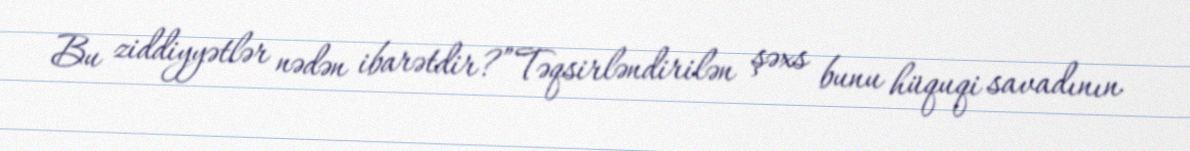
Bu ziddiyyətlər nədən ibarətdir?”Təqsirləndirilən şəxs bunu hüquqi savadının